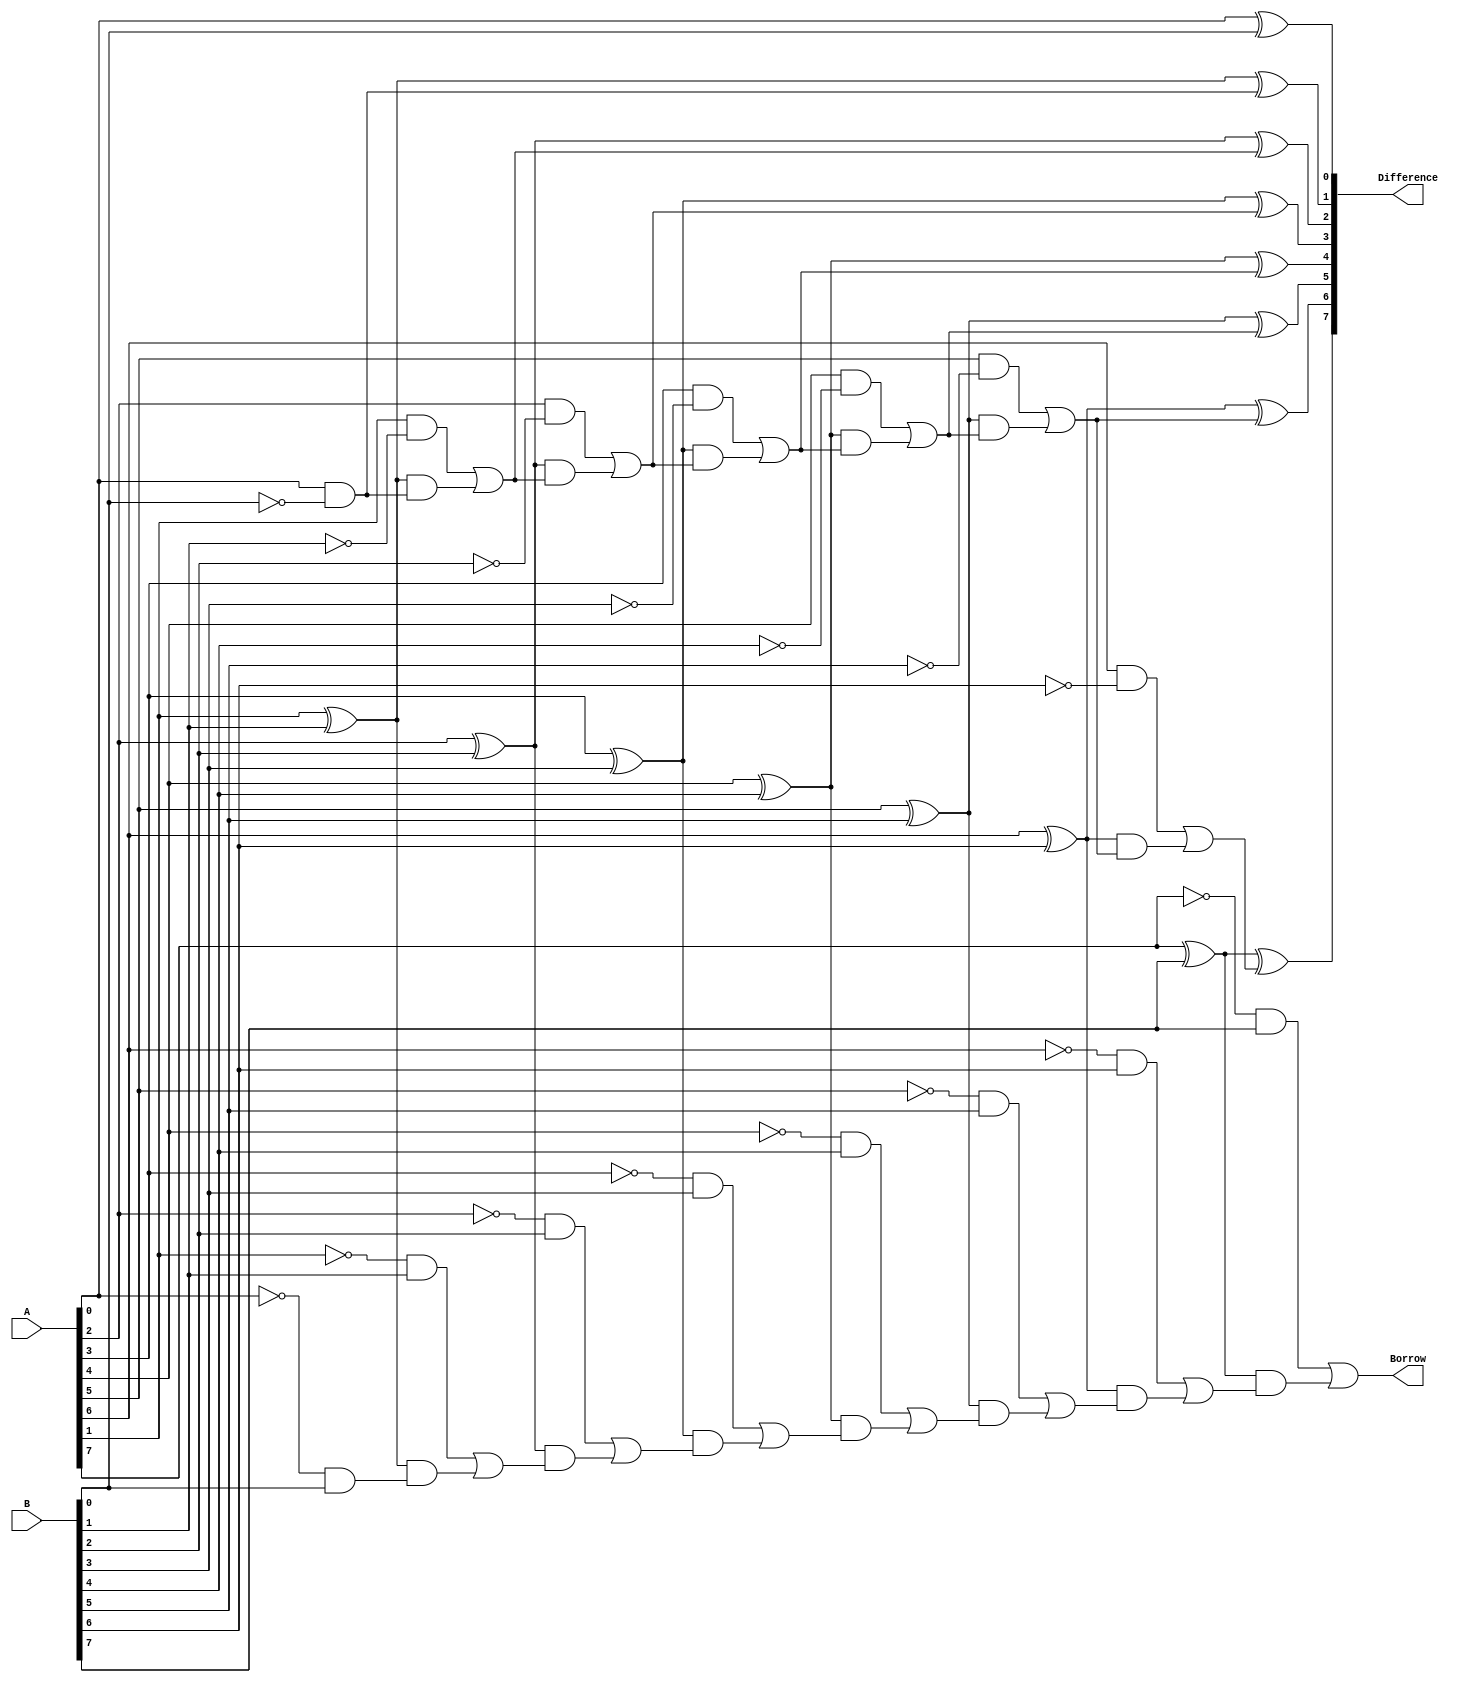
module Subtractor (
    input [7:0] A,
    input [7:0] B,
    output [7:0] Difference,
    output Borrow
);

wire [8:0] G;
wire [8:0] P;
wire [8:0] C;

assign G[0] = A[0] & ~B[0];
assign P[0] = A[0] ^ B[0];
assign C[0] = ~A[0] & B[0];

genvar i;
generate
    for (i = 1; i < 8; i = i + 1) begin
        assign G[i] = A[i] & ~B[i] | (A[i] ^ B[i]) & G[i-1];
        assign P[i] = A[i] ^ B[i] ^ G[i-1];
        assign C[i] = (~A[i] & B[i]) | ((A[i] ^ B[i]) & C[i-1]);
    end
endgenerate

assign Difference = {P[7:0]};
assign Borrow = C[7];

endmodule